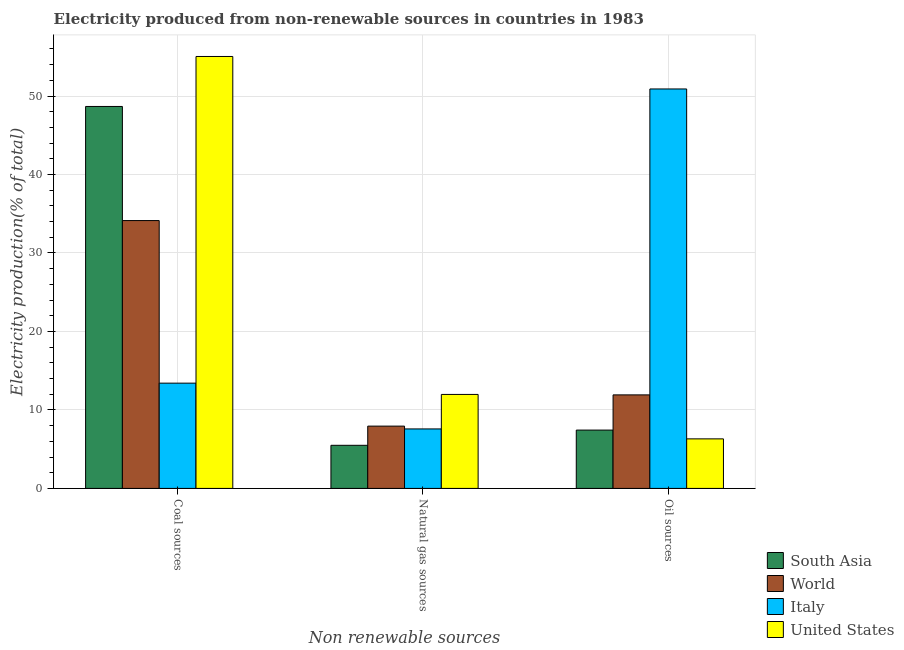
| Non renewable sources | South Asia | World | Italy | United States |
 | --- | --- | --- | --- | --- |
 | Coal sources | 48.7 | 34.1 | 13.4 | 55 |
 | Natural gas sources | 5.49 | 7.94 | 7.58 | 12 |
 | Oil sources | 7.43 | 11.9 | 50.9 | 6.31 |